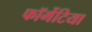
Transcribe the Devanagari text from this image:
फॉर्मेटिया